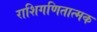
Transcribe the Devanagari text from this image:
राशिगणितात्मक